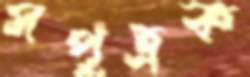
সপুত্রক